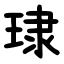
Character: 㻖